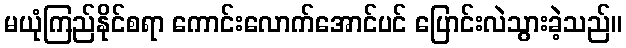
မယုံကြည်နိုင်စရာ ကောင်းလောက်အောင်ပင် ပြောင်းလဲသွားခဲ့သည်။